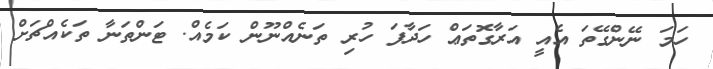
ހަމަ ނޭންގޭތަ އެއީ އަރާގޮތަޢް ހަދާފަ ހުރި ތަނެއްނޫން ކަމެއް. ޓަންތަނާ ތަކެއްޗަށް